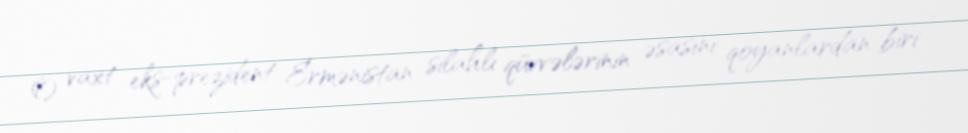
O vaxt eks-prezident Ermənistan silahlı qüvvələrinin əsasını qoyanlardan biri -